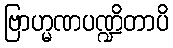
ဗြာဟ္မဏပဏ္ဍိတာပိ